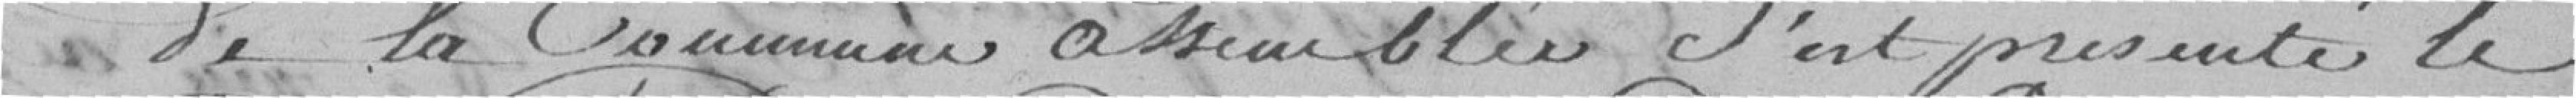
de la Commune assemblée s'est présenté le